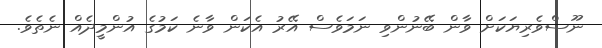
ނޫސްވެރިޔަކަށް ވާން ބޭނުންވި ނަމަވެސް އޭރު އެކަން ވާނެ ކަމުގެ އުންމީދެއް ނެތެވެ.